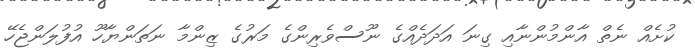
ކުށެއް ނެތް އާންމުންނާއި ގިނަ އަދަދެެއްގެ ނޫސްވެރިންގެ މަރުގެ ޒިންމާ ނަތަންޔާހޫ އުފުލަންޖެހޭ